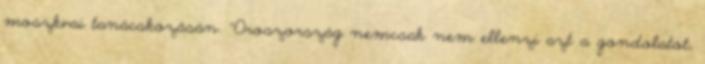
moszkvai tanácskozásán. "Oroszország nemcsak nem ellenzi azt a gondolatot,